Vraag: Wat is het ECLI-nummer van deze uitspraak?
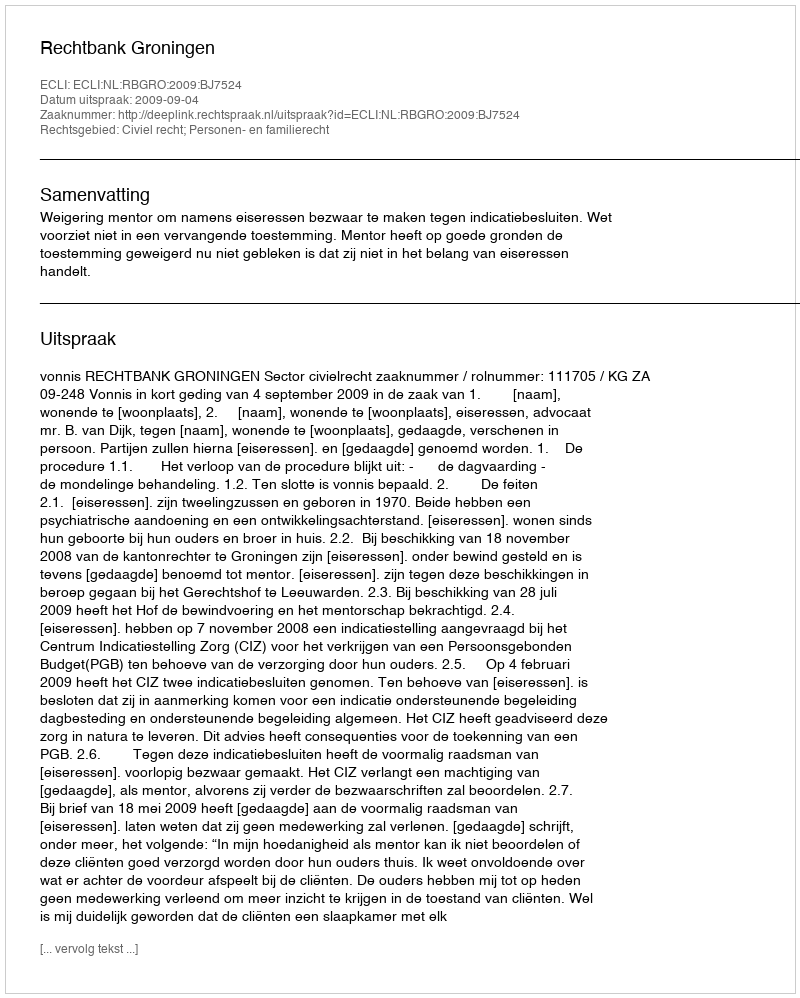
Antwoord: ECLI:NL:RBGRO:2009:BJ7524